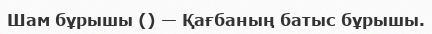
Шам бұрышы () — Қағбаның батыс бұрышы.